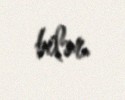
bilər.